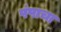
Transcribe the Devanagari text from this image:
पंपाचा